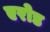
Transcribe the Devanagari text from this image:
एरोड